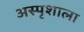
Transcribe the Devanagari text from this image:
अस्पृशाला